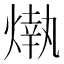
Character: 𤎒